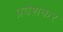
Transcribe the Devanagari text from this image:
प्रवेशकर